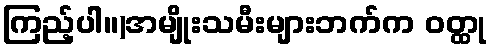
ကြည့်ပါ။)အမျိုးသမီးများဘက်က ဝတ္ထု